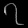
Digit: ၇